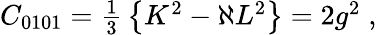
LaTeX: C_{0101}=\textstyle{\frac{1}{3}}\left\{ K^{2}-\aleph L^{2}\right\} =2g^{2}\; ,